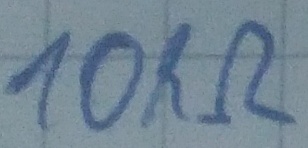
Text: 10kΩ